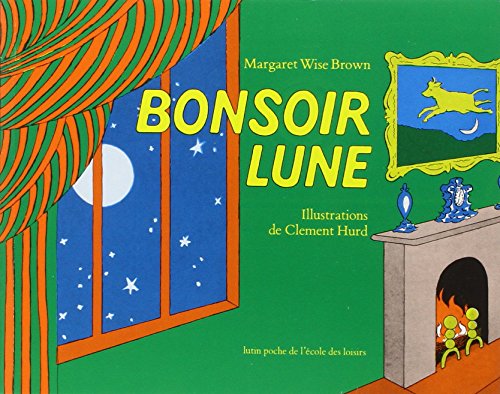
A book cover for Bonsoir Lune / Goodnight Moon (French Edition); Margaret Wise Brown; Children's Books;